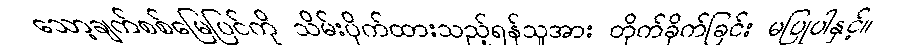
သော့ချက်စစ်မြေပြင်ကို သိမ်းပိုက်ထားသည့်ရန်သူအား တိုက်ခိုက်ခြင်း မပြုပါနှင့်။